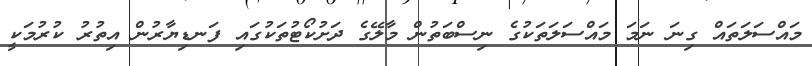
މައްސަލަތައް ގިނަ ނަމަ މައްސަލަތަކުގެ ނިސްބަތުން މާލޭގެ ދަށުކޯޓުތަކުގައި ފަނޑިޔާރުން އިތުރު ކުރުމަކީ